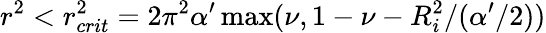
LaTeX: r^{2}<r_{crit}^{2}=2\pi^{2}\alpha^{\prime}\operatorname*{max}(\nu,1-\nu-R_{i}^{2}/(\alpha^{\prime}/2))